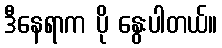
ဒီနေရာက ပို နွေးပါတယ်။